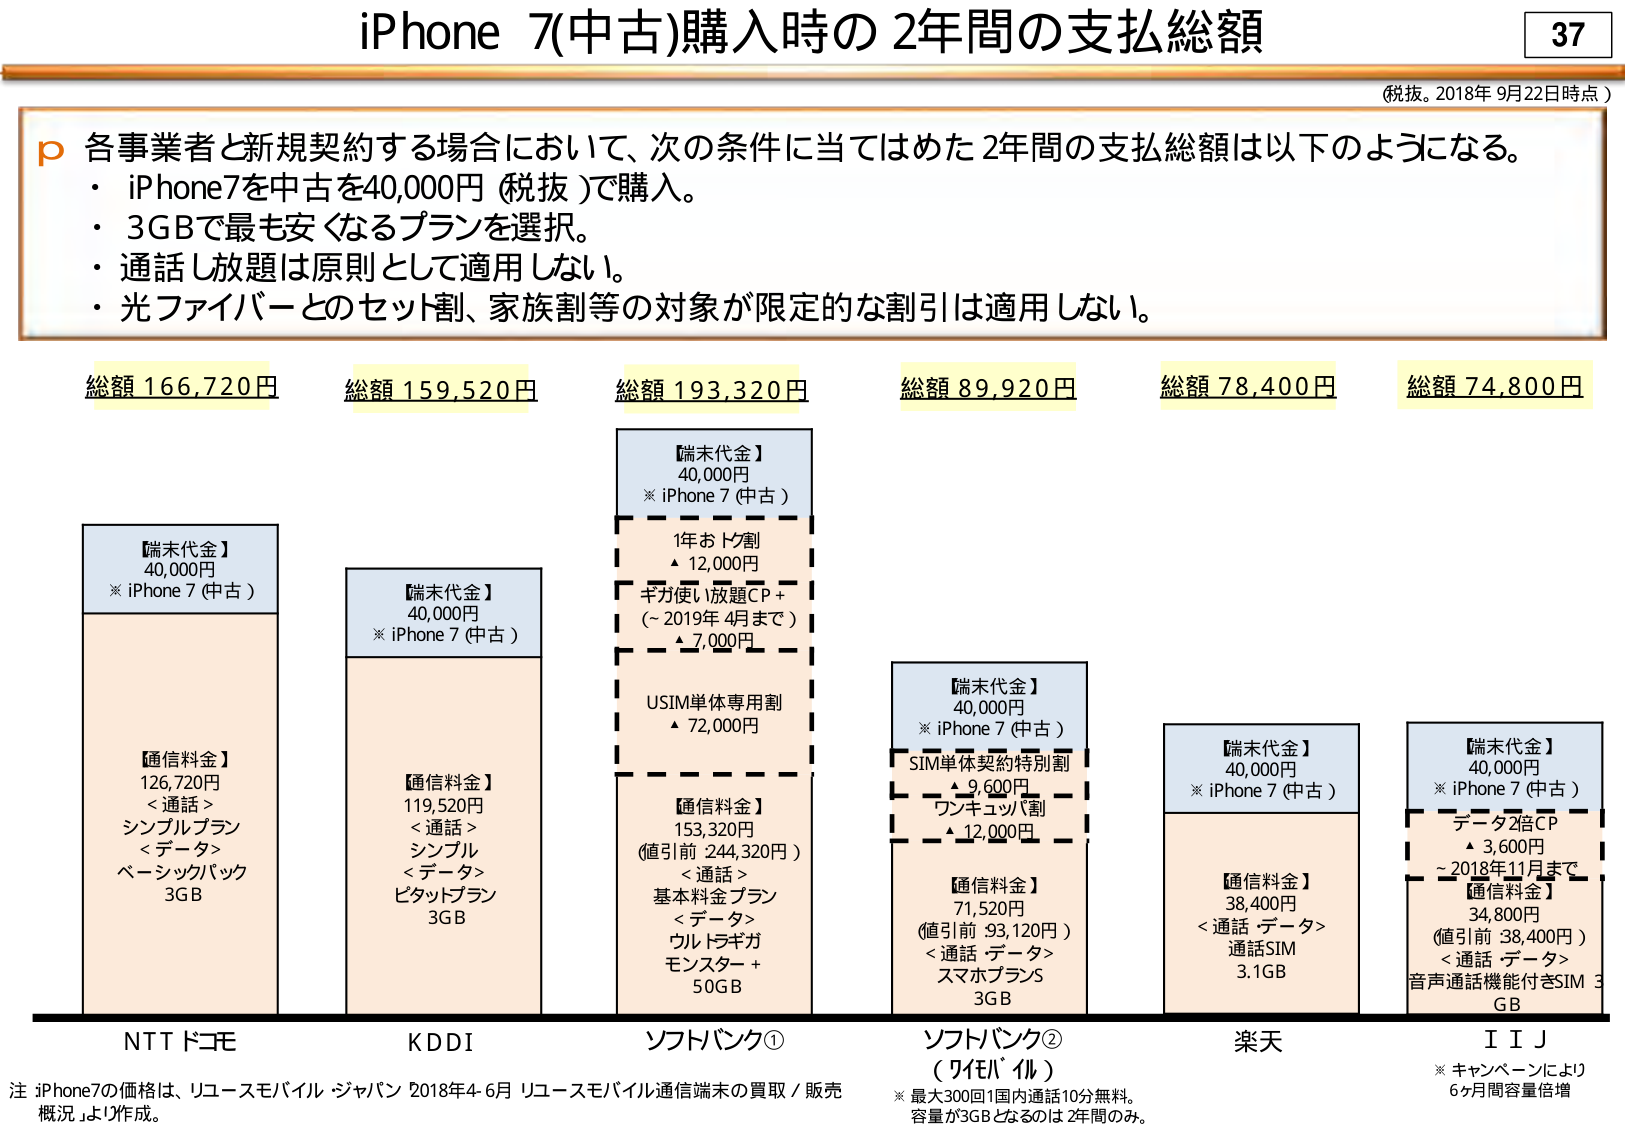
iPhone 7(中古)購入時の2年間の支払総額

(税抜。2018年9月22日時点)

p 各事業者と新規契約する場合において、次の条件に当てはめた2年間の支払総額は以下のようになる。
・ iPhone7を中古を40,000円（税抜）で購入。
・ 3GBで最も安くなるプランを選択。
・ 通話し放題は原則として適用しない。
・ 光ファイバーとのセット割、家族割等の対象が限定的な割引は適用しない。

総額 166,720円
【端末代金】
40,000円
※ iPhone 7（中古）

【通信料金】
126,720円
<通話> シンプルプラン
<データ> ベーシックパック
3GB

NTTドコモ

総額 159,520円
【端末代金】
40,000円
※ iPhone 7（中古）

【通信料金】
119,520円
<通話> シンプル
<データ> ピタットプラン
3GB

KDDI

総額 193,320円
【端末代金】
40,000円
※ iPhone 7（中古）

1年おトク割
▲ 12,000円
ギガ使い放題CP＋
（～2019年4月まで）
▲ 7,000円
USIM単体専用割
▲ 72,000円

【通信料金】
153,320円
（値引前 244,320円）
<通話> 基本料金プラン
<データ> ウルトラギガ
モンタプラン＋
50GB

ソフトバンク①

総額 89,920円
【端末代金】
40,000円
※ iPhone 7（中古）

SIM単体契約特別割
▲ 9,600円
ワンキュッパ割
▲ 12,000円

【通信料金】
71,520円
（値引前 93,120円）
<通話・データ> スマホプランS
3GB

ソフトバンク②
（ワイバール）

総額 78,400円
【端末代金】
40,000円
※ iPhone 7（中古）

【通信料金】
38,400円
<通話・データ> 通話SIM
3.1GB

楽天

総額 74,800円
【端末代金】
40,000円
※ iPhone 7（中古）

データ2倍CP
▲ 3,600円
～2018年11月まで

【通信料金】
34,800円
（値引前 38,400円）
<通話・データ> 音声通話機能付きSIM 3GB

IIJ

※ キャンペーンにより6ヶ月間容量倍増

注：iPhone7の価格は、リユースモバイル ジャパン 2018年4-6月 リユースモバイル通信端末の買取／販売概況 より作成。
※ 最大300回1国内通話10分無料。容量が3GBとなるのは2年間のみ。

37